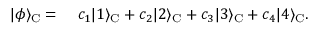
\begin{array} { r l } { | \phi \rangle _ { \mathrm { C } } = } & { { } ~ c _ { 1 } | 1 \rangle _ { \mathrm { C } } + c _ { 2 } | 2 \rangle _ { \mathrm { C } } + c _ { 3 } | 3 \rangle _ { \mathrm { C } } + c _ { 4 } | 4 \rangle _ { \mathrm { C } } . } \end{array}